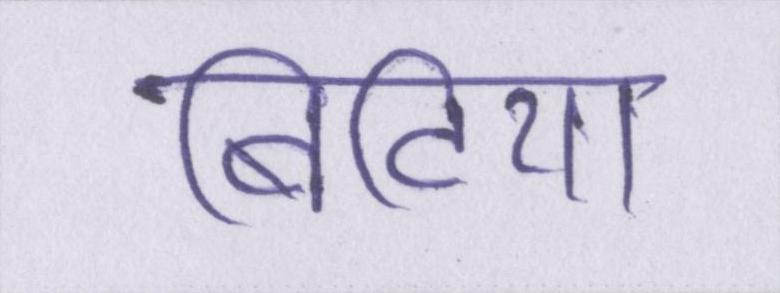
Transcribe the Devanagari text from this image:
बिटिया